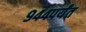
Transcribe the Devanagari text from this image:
९४४पर्यंत